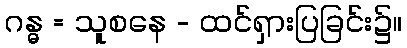
ဂန္ဓ = သူစနေ - ထင်ရှားပြခြင်း၌။